Leaving Certificate Examination (including Day School Certificate (Higher) General paper), 1936
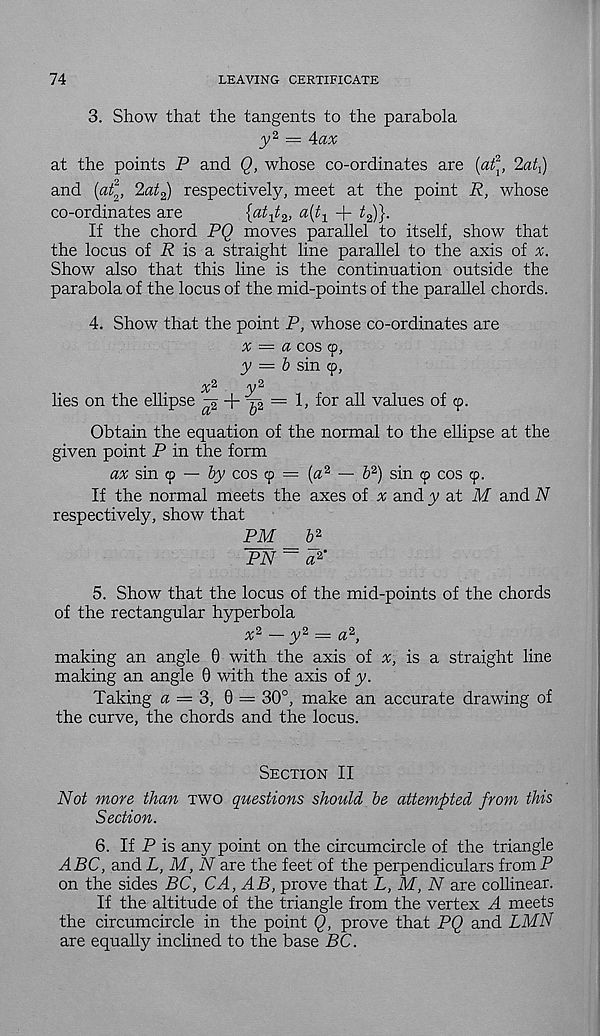
74
LEAVING CERTIFICATE
3. Show that the tangents to the parabola
_y 2 = Aax
at the points P and Q, whose co-ordinates are {at\, < Zat l )
and {at 2 , 2at 2 ) respectively, meet at the point R, whose
co-ordinates are
a{t 1 -|- t 2 )}.
If the chord PQ moves parallel to itself, show that
the locus of R is a straight line parallel to the axis of x.
Show also that this line is the continuation outside the
parabola of the locus of the mid-points of the parallel chords.
4. Show that the point P, whose co-ordinates are
x — a cos <p,
y = 6 sin 9,
x 2
y 2
lies on the ellipse ^2 + -p = 1, for all values of 9.
Obtain the equation of the normal to the ellipse at the
given point P in the form
ax sin 9 — by cos 9 = (« 2 — b 2 ) sin 9 cos 9.
If the normal meets the axes of a and y at M and N
respectively, show that
PM
b 2
PN ~ a 2 '
5. Show that the locus of the mid-points of the chords
of the rectangular hyperbola
x 2 ~ y 2 = a 2 ,
making an angle 0 with the axis of x, is a straight line
making an angle 0 with the axis of y.
Taking a — 3, 0 = 30°, make an accurate drawing of
the curve, the chords and the locus.
Section II
Not more than two questions should be attempted from this
Section.
6. If P is any point on the circumcircle of the triangle
ABC, and L, M, N are the feet of the perpendiculars from P
on the sides BC, CA, AB, prove that L, M, N are collinear.
If the altitude of the triangle from the vertex A meets
the circumcircle in the point Q, prove that PQ and LMN
are equally inclined to the base BC.